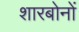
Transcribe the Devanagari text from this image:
शारबोनों